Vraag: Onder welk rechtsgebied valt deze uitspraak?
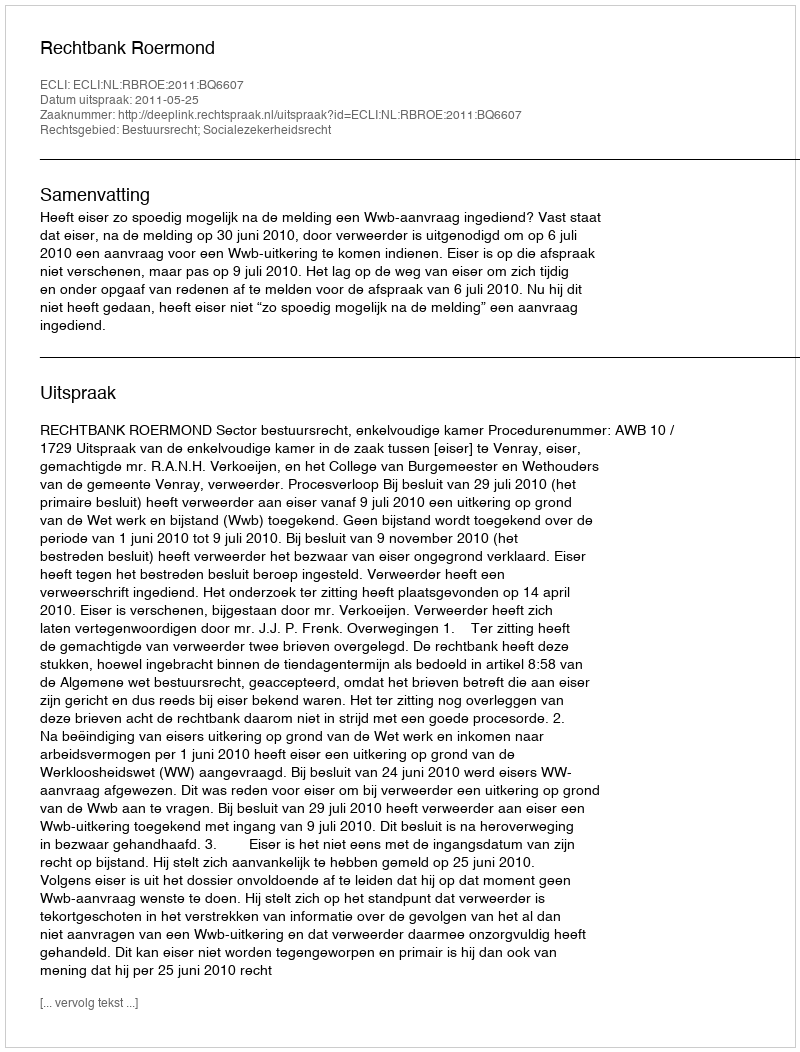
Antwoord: Bestuursrecht; Socialezekerheidsrecht